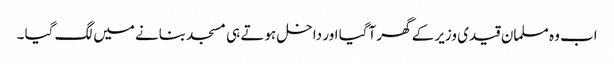
اب وہ مسلمان قیدی وزیر کے گھر آگیا اور داخل ہوتے ہی مسجد بنانے میں لگ گیا ۔